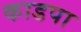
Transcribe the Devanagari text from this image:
काडपा